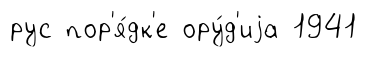
рус пор'я́дк'е ору́д'иjа 1941